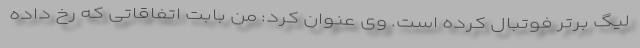
لیگ برتر فوتبال کرده است. وی عنوان کرد: من بابت اتفاقاتی که رخ داده